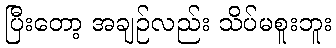
ပြီးတော့ အချဉ်လည်း သိပ်မစူးဘူး